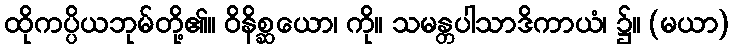
ထိုကပ္ပိယဘုမ်တို့၏။ ဝိနိစ္ဆယော၊ ကို။ သမန္တပါသာဒိကာယံ၊ ၌။ (မယာ)